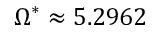
\Omega ^ { * } \approx 5 . 2 9 6 2